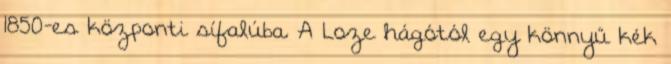
1850-es központi sífalúba. A Loze hágótól egy könnyű kék